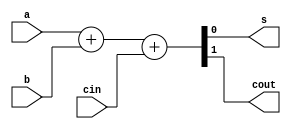
`timescale 1ns / 1ps
//////////////////////////////////////////////////////////////////////////////////
// Company: 
// Engineer: 
// 
// Design Name: 
// Module Name: Full_Adder
// Project Name: 
// Target Devices: 
// Tool Versions: 
// Description: 
// 
// Dependencies: 
// 
// Revision:
// Revision 0.01 - File Created
// Additional Comments:
// 
//////////////////////////////////////////////////////////////////////////////////


module Full_Adder(
    input a,
    input b,
    input cin,
    output s,
    output cout
);
    assign {cout,s} = a+b+cin; 
    
endmodule